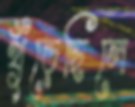
খুঁড়েছিলে